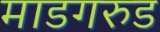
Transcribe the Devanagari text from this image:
माडगरुड